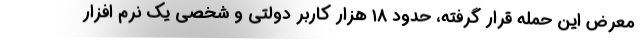
معرض این حمله قرار گرفته، حدود ۱۸ هزار کاربر دولتی و شخصی یک نرم افزار